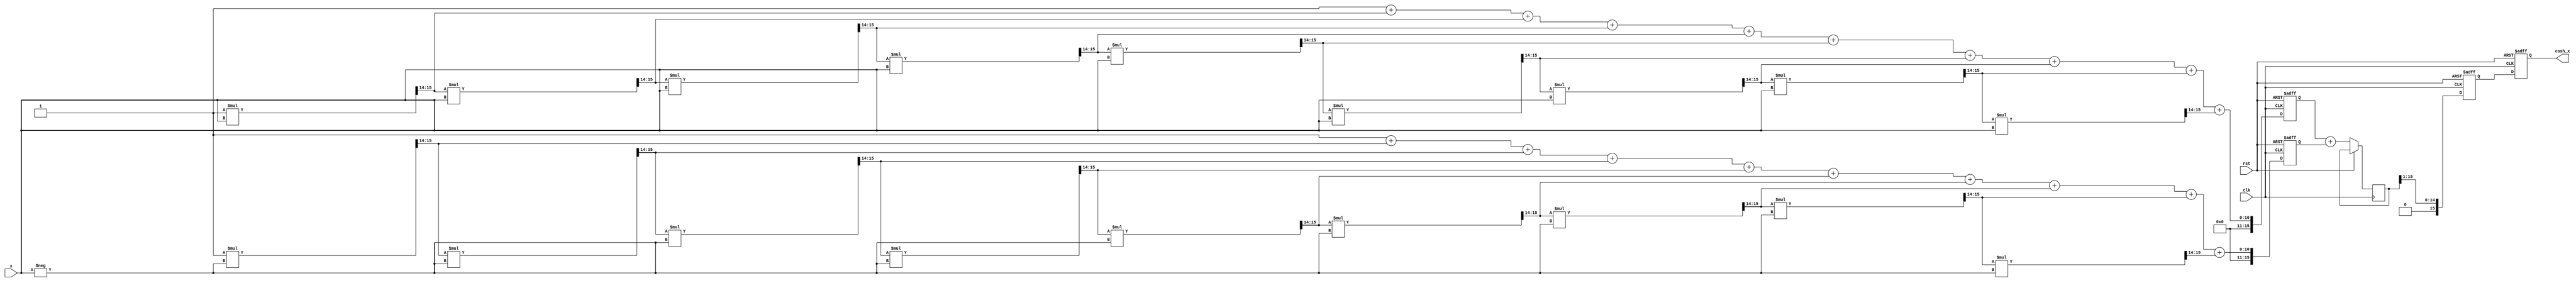
module hyperbolic_cosh (
    input wire [15:0] x,        // Input: Fixed-point representation of x
    output reg [15:0] cosh_x,   // Output: Fixed-point representation of cosh(x)
    input wire clk,              // Clock signal
    input wire rst               // Reset signal
);

// Internal signals
wire [15:0] exp_x;            // e^x
wire [15:0] exp_neg_x;        // e^(-x)
wire [15:0] sum_exp;          // e^x + e^(-x)
reg [15:0] divided_sum;        // (e^x + e^(-x)) / 2

// Exponentiation block for e^x using Taylor series approximation
function [15:0] exp_taylor;
    input [15:0] x;
    reg [15:0] term;
    reg [15:0] result;
    integer i;
    begin
        result = 16'h0001; // e^0 = 1
        term = 16'h0001;   // First term (x^0 / 0!)
        for (i = 1; i < 10; i = i + 1) begin // Limit to 10 terms
            term = (term * x) >> 14; // x^i / i! (fixed-point)
            result = result + term;
        end
        exp_taylor = result;
    end
endfunction

// Exponentiation block for e^(-x)
function [15:0] exp_neg_taylor;
    input [15:0] x;
    begin
        exp_neg_taylor = exp_taylor(-x); // Use the same function for e^(-x)
    end
endfunction

// Compute e^x and e^(-x)
always @(posedge clk or posedge rst) begin
    if (rst) begin
        exp_x <= 16'h0000;
        exp_neg_x <= 16'h0000;
        divided_sum <= 16'h0000;
        cosh_x <= 16'h0000;
    end else begin
        exp_x <= exp_taylor(x);
        exp_neg_x <= exp_neg_taylor(x);
        sum_exp <= exp_x + exp_neg_x; // e^x + e^(-x)
        divided_sum <= sum_exp >> 1;   // (e^x + e^(-x)) / 2
        cosh_x <= divided_sum;          // Output the result
    end
end

endmodule